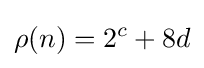
\rho (n)=2^{c}+8d